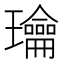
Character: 𰢙